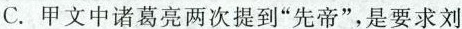
C.甲文中诸葛亮两次提到”先帝”，是要求刘